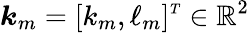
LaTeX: \boldsymbol{k}_{m}=[k_{m},\ell_{m}]^{\scriptscriptstyle T}\in\mathbb{R}^{2}